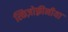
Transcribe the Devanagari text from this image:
स्किज़ोफ़्रीनीया